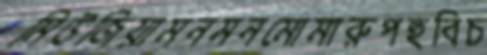
মিউজিয়ামনমনমোমারুপহুবিচ